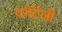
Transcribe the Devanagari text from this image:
काॅर्टनी